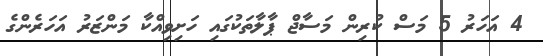
4 އަހަރު 5 މަސް ކުރިން މަސާޖް ޕާލާތަކުގައި ހަށިވިއްކާ މަންޒަރު އަހަރެންގެ